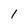
Character: l